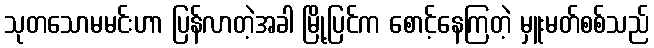
သုတသောမမင်းဟာ ပြန်လာတဲ့အခါ မြို့ပြင်က စောင့်နေကြတဲ့ မှူးမတ်စစ်သည်